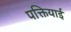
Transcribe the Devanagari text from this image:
पक्तियाई